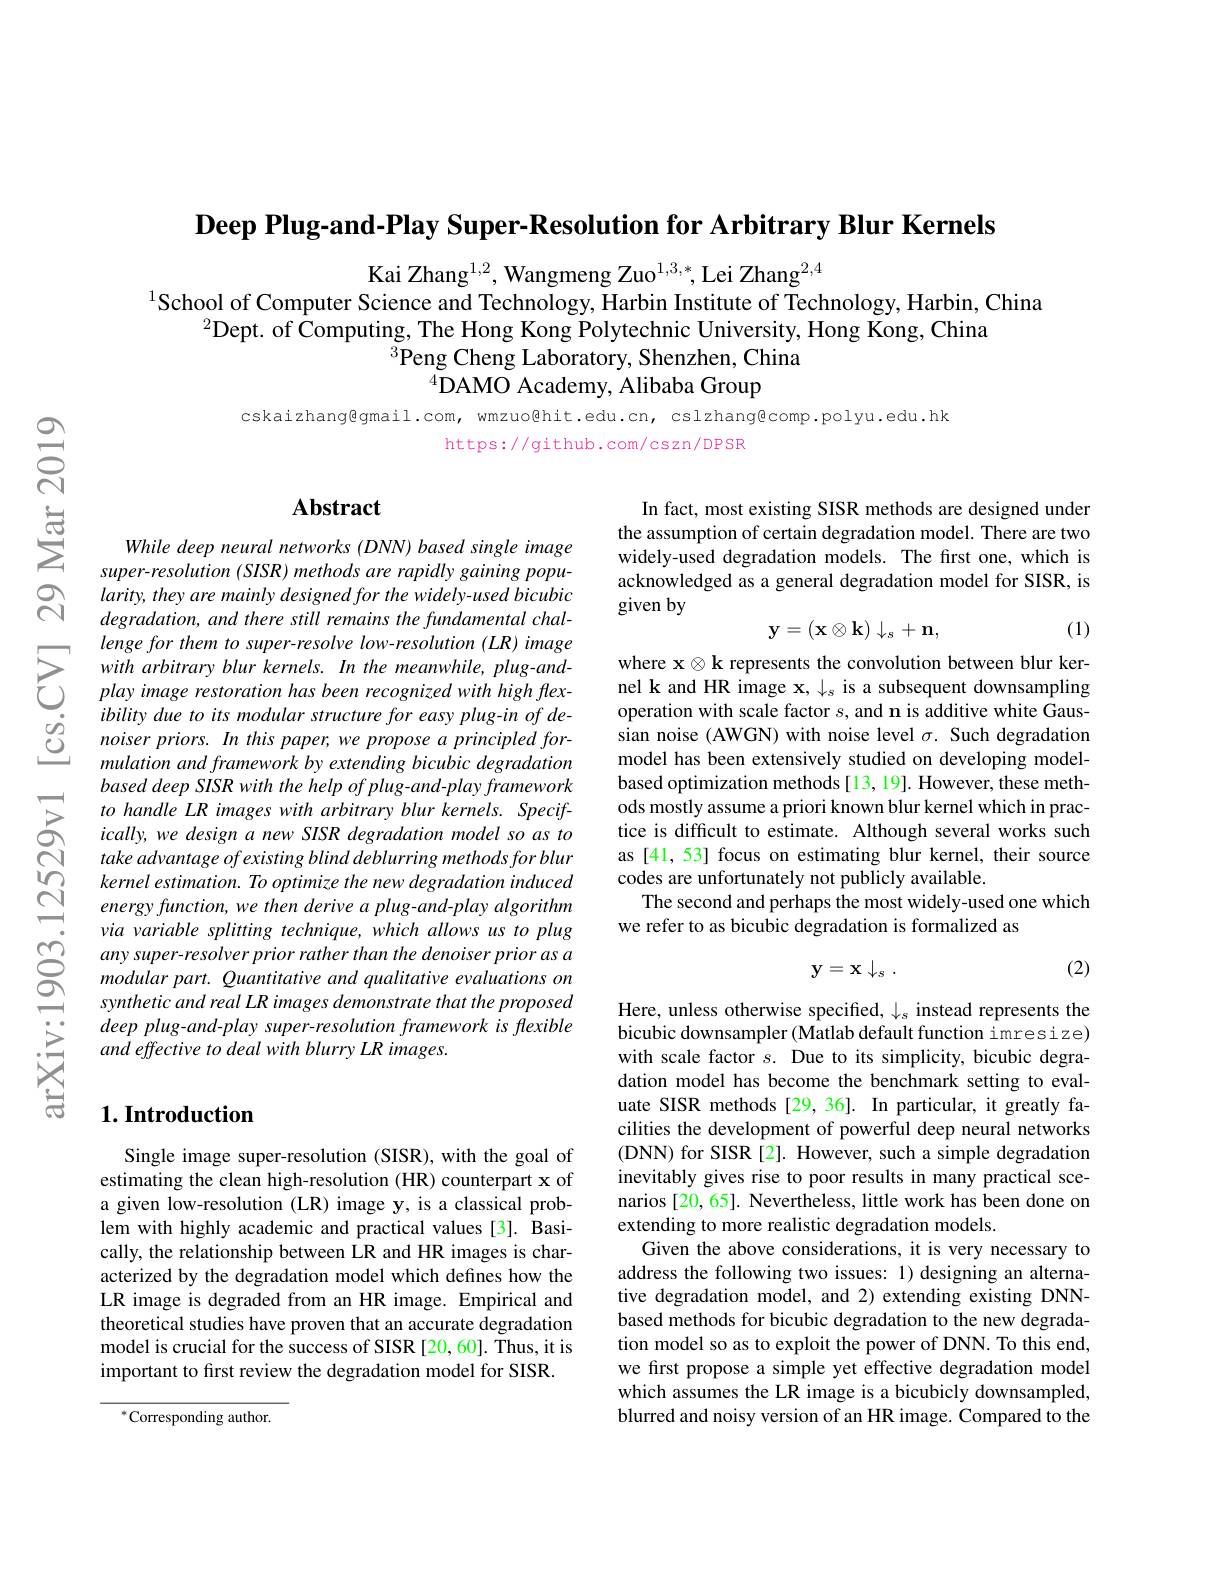
Deep Plug-and-Play Super-Resolution for Arbitrary Blur Kernels

Kai Zhang$^{1,2}$, Wangmeng Zuo$^{1,3,*}$, Lei Zhang$^{2,4}$
$^{1}$School of Computer Science and Technology, Harbin Institute of Technology, Harbin, China
$^{2}$Dept. of Computing, The Hong Kong Polytechnic University, Hong Kong, China
$^{3}$Peng Cheng Laboratory, Shenzhen, China
$^{4}$DAMO Academy, Alibaba Group

cskaizhang@gmail.com, wmzuo@hit.edu.cn, cslzhang@comp.polyu.edu.hk
https://github.com/cszn/DPSR

### $\mathbf{Abstract}$

In fact, most existing SISR methods are designed under the assumption of certain degradation model. There are two widely-used degradation models. The first one, which is acknowledged as a general degradation model for SISR, is given by
$$\mathbf{y}=(\mathbf{x}\otimes\mathbf{k})\downarrow_s+\mathbf{n},$$
(1)

where x $\otimes \textbf{k represents the convolution between blur ker- }$ nel k and HR image x, $\downarrow_s$ is a subsequent downsampling operation with scale factor $s$, and n is additive white Gaussian noise (AWGN) with noise level $\sigma.$ Such degradation model has been extensively studied on developing modelbased optimization methods[13,19]. However, these methods mostly assume a priori known blur kernel which in practice is difficult to estimate. Although several works such as [41, 53] focus on estimating blur kernel, their source codes are unfortunately not publicly available.
The second and perhaps the most widely-used one which
we refer to as bicubic degradation is formalized as

While deep neural networks (DNN) based single image super- resolution ( SISR) methods are rapidly gaining popularity, they are mainly designed for the widely-used bicubic $degradation,and$ there still remains the fundamental challenge for them to super-resolve low-resolution (LR) image with arbitrary blur kernels. In the meanwhile, plug-andplay image restoration has been recognized with high flexibility due to its modular structure for easy plug-in of denoiser priors. In this paper, we propose a principled formulation and framework by extending bicubic degradation based deep SISR with the help of plug-and-play framework to handle LR images with arbitrary blur kernels. Specifically, we design a new SISR degradation model so as to take advantage of existing blind deblurring methods for blur kernel estimation. To optimize the new degradation induced energy function, we then derive a plug-and-play algorithm via variable splitting technique, which allows us to plug any super- resolver prior rather than the denoiser prior as a modular part. Quantitative and qualitative evaluations on synthetic and real LR images demonstrate that the proposed deep plug-and-play super-resolution framework is flexible and effective to deal with blurry LR images.

(2)
$$\mathbf{y}=\mathbf{x}\downarrow_{s}\:.$$
## $1. \textbf{Introduction}$

Here, unless otherwise specified, $\downarrow_s$ instead represents the bicubic downsampler (Matlab default function imresize) with scale factor $s.$ Due to its simplicity, bicubic degradation model has become the benchmark setting to evaluate SISR methods [29,36]. In particular, it greatly facilities the development of powerful deep neural networks (DNN) for SISR[2]. However, such a simple degradation inevitably gives rise to poor results in many practical scenarios [20,65]. Nevertheless, little work has been done on extending to more realistic degradation models
Given the above considerations, it is very necessary to address the following two issues: 1) designing an alternative degradation model, and 2) extending existing DNNbased methods for bicubic degradation to the new degradation model so as to exploit the power of DNN. To this end, we first propose a simple yet effective degradation model which assumes the LR image is a bicubicly downsampled, blurred and noisy version of an HR image. Compared to the

Single image super-resolution (SISR), with the goal of estimating the clean high-resolution (HR) counterpart x of a given low-resolution (LR) image y, is a classical problem with highly academic and practical values [3]. Basically, the relationship between LR and HR images is characterized by the degradation model which defines how the LR image is degraded from an HR image. Empirical and theoretical studies have proven that an accurate degradation model is crucial for the success of SISR [20,60]. Thus, it is important to first review the degradation model for SISR.

$^{*}$Corresponding author.